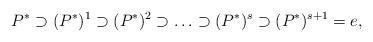
LaTeX: \begin{align*}P^* \supset (P^*)^1 \supset (P^*)^2 \supset \ldots \supset(P^*)^s \supset (P^*)^{s+1} = e,\end{align*}